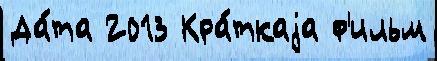
Да́та 2013 Кра́ткаjа ф'ильм